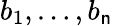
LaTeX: b_{1},\ldots,b_{\mathsf{n}}